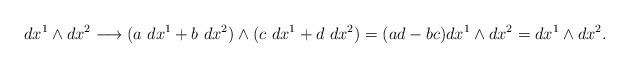
LaTeX: \begin{align*}dx^1\wedge dx^2\longrightarrow (a\ dx^1+b\ dx^2)\wedge(c\ dx^1+d\ dx^2)=(ad-bc)dx^1\wedge dx^2=dx^1\wedge dx^2.\end{align*}